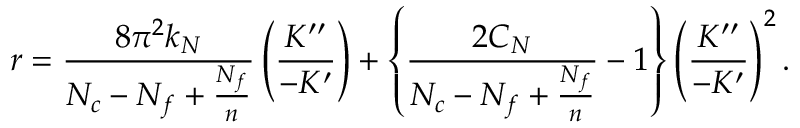
r = \frac { 8 \pi ^ { 2 } k _ { N } } { N _ { c } - N _ { f } + \frac { N _ { f } } { n } } \left( \frac { K ^ { \prime \prime } } { - K ^ { \prime } } \right) + \left\{ \frac { 2 C _ { N } } { N _ { c } - N _ { f } + \frac { N _ { f } } { n } } - 1 \right\} \left( \frac { K ^ { \prime \prime } } { - K ^ { \prime } } \right) ^ { 2 } .